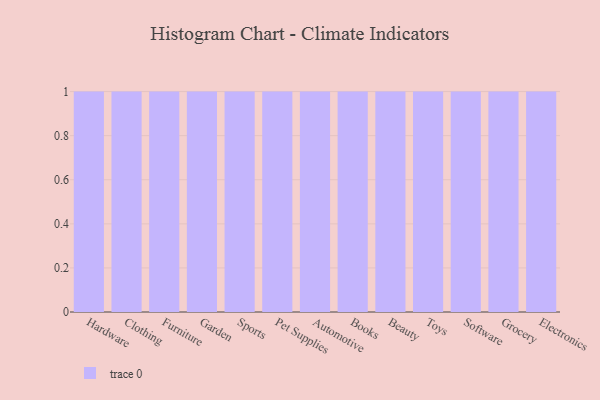
{"axis": {"x": "Category", "y": "Population (Million)"}, "legend": [""], "data": [{"x": "Hardware", "y": 89, "type": ""}, {"x": "Clothing", "y": 48, "type": ""}, {"x": "Furniture", "y": 22, "type": ""}, {"x": "Garden", "y": 19, "type": ""}, {"x": "Sports", "y": 75, "type": ""}, {"x": "Pet Supplies", "y": 1, "type": ""}, {"x": "Automotive", "y": 56, "type": ""}, {"x": "Books", "y": 91, "type": ""}, {"x": "Beauty", "y": 65, "type": ""}, {"x": "Toys", "y": 75, "type": ""}, {"x": "Software", "y": 49, "type": ""}, {"x": "Grocery", "y": 84, "type": ""}, {"x": "Electronics", "y": 9, "type": ""}]}